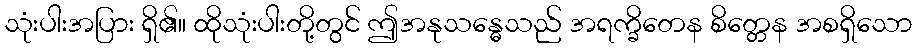
သုံးပါးအပြား ရှိ၏။ ထိုသုံးပါးတို့တွင် ဤအနုသန္ဓေသည် အရက္ခိတေန စိတ္တေန အစရှိသော